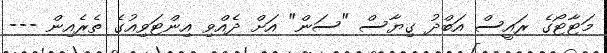
މަޓާޓޯގެ ރައީސް އަބްދު ގިޔާސް "ސަން" އަށް ދެއްވި އިންޓަވިއުގެ ތެރެއިން ---